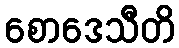
စောဒေသီတိ